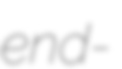
end-